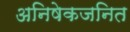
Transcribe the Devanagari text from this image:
अनिषेकजनित